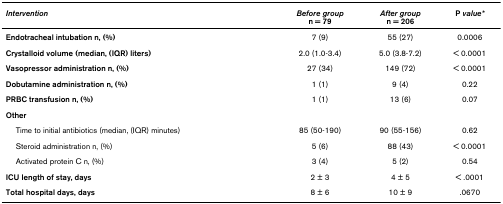
<table><thead><tr><td><b><i>Intervention</i></b></td><td><b><i>Before group</i>n = 79</b></td><td><b><i>After group</i>n = 206</b></td><td><b>P <i>value*</i></b></td></tr></thead><tbody><tr><td><b>Endotracheal intubation n, (%)</b></td><td>7 (9)</td><td>55 (27)</td><td>0.0006</td></tr><tr><td><b>Crystalloid volume (median, (IQR) liters)</b></td><td>2.0 (1.0-3.4)</td><td>5.0 (3.8-7.2)</td><td>&lt; 0.0001</td></tr><tr><td><b>Vasopressor administration n, (%)</b></td><td>27 (34)</td><td>149 (72)</td><td>&lt; 0.0001</td></tr><tr><td><b>Dobutamine administration n, (%)</b></td><td>1 (1)</td><td>9 (4)</td><td>0.22</td></tr><tr><td><b>PRBC transfusion n, (%)</b></td><td>1 (1)</td><td>13 (6)</td><td>0.07</td></tr><tr><td><b>Other</b></td><td></td><td></td><td></td></tr><tr><td> Time to initial antibiotics (median, (IQR) minutes)</td><td>85 (50-190)</td><td>90 (55-156)</td><td>0.62</td></tr><tr><td> Steroid administration n, (%)</td><td>5 (6)</td><td>88 (43)</td><td>&lt; 0.0001</td></tr><tr><td> Activated protein C n, (%)</td><td>3 (4)</td><td>5 (2)</td><td>0.54</td></tr><tr><td><b>ICU length of stay, days</b></td><td>2 ± 3</td><td>4 ± 5</td><td>&lt; .0001</td></tr><tr><td><b>Total hospital days, days</b></td><td>8 ± 6</td><td>10 ± 9</td><td>.0670</td></tr></tbody></table>